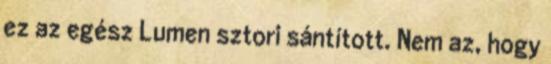
ez az egész Lumen sztori sántított. Nem az, hogy